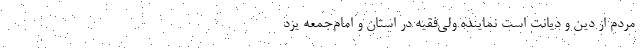
مردم از دین و دیانت است نماینده ولی‌فقیه در استان و امام‌جمعه یزد